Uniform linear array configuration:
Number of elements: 48
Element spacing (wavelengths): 0.25
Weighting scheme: kaiser
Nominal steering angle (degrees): -60
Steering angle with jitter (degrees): -60.492
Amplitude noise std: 0.05
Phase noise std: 0.05

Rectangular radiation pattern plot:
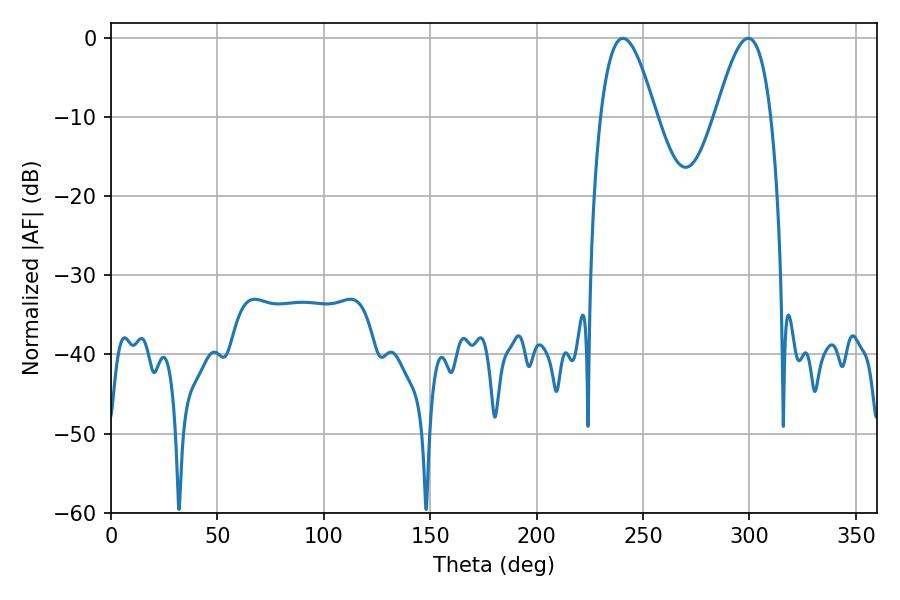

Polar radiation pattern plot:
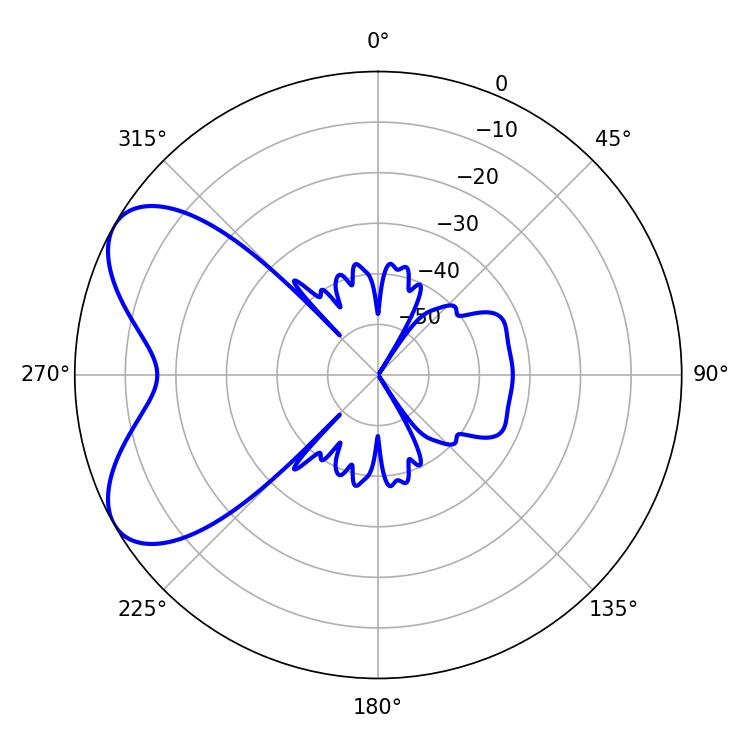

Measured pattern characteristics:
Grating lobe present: FALSE
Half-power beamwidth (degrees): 14.04
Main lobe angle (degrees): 240.48